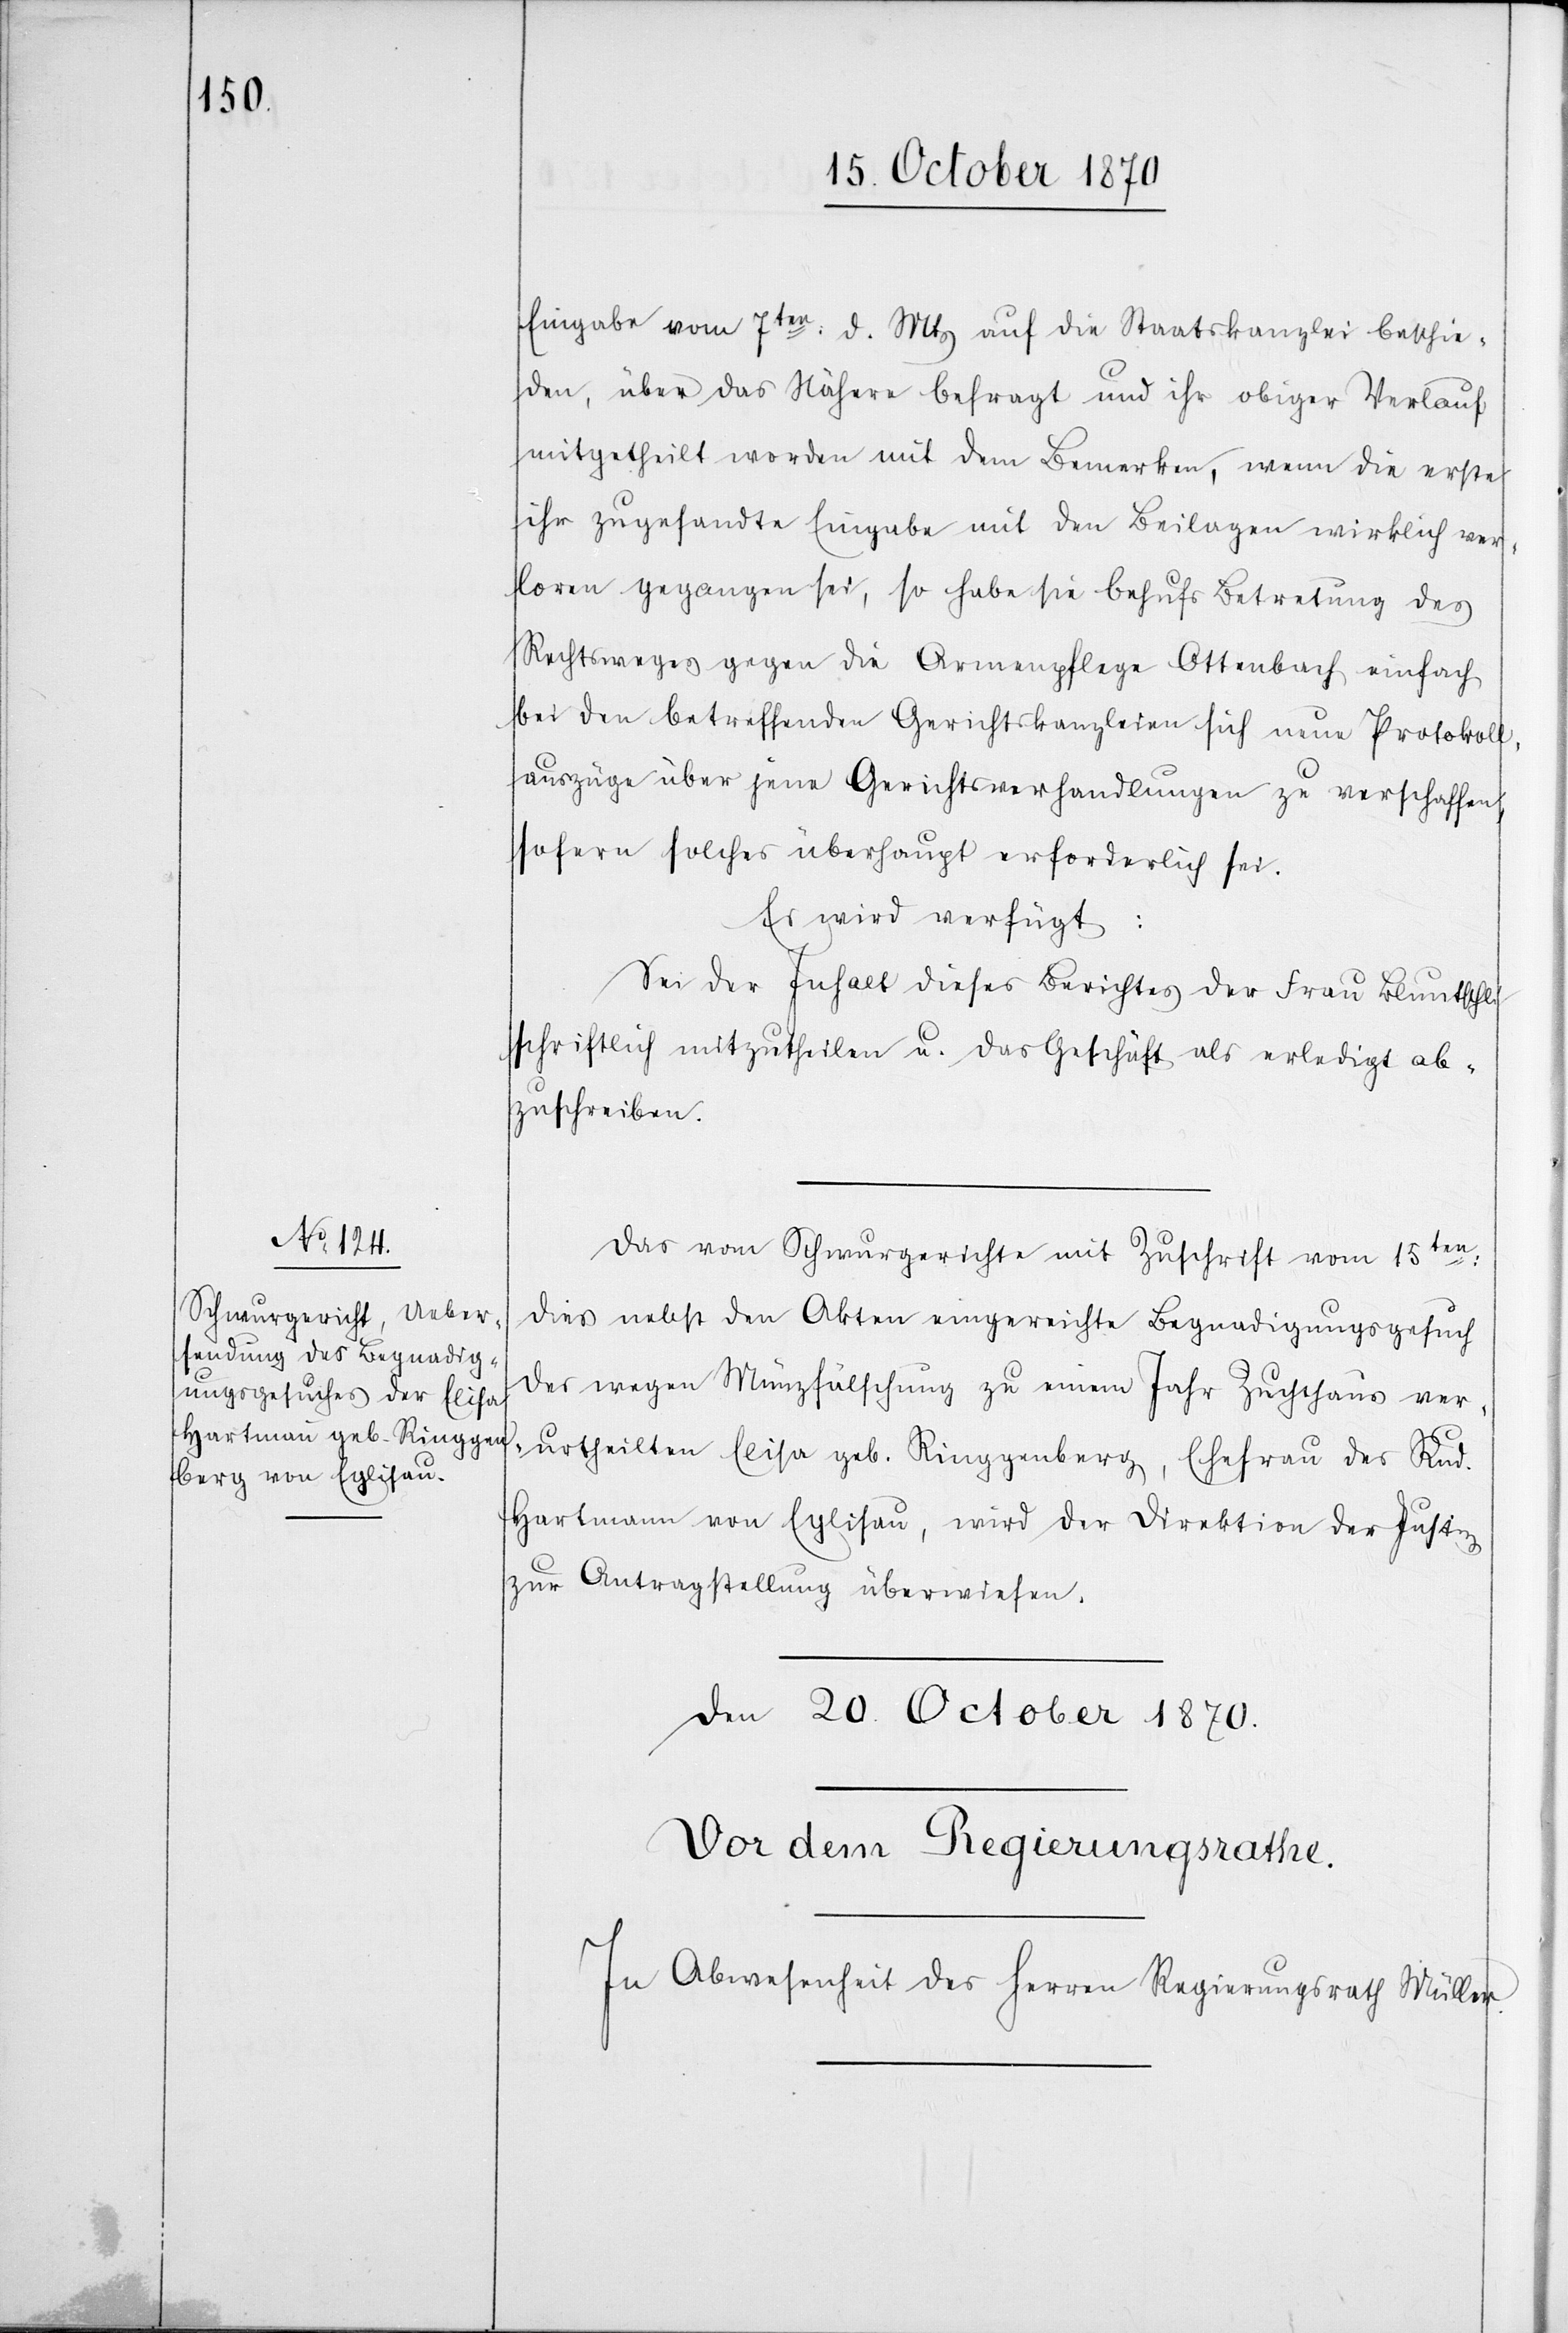
19. October 1870.]
Eingabe vom 7ten: d. Mts. auf die Staatskanzlei beschie¬
den, über das Nähere befragt und ihr obiger Verlauf
mitgetheilt worden mit dem Bemerken, wenn die erste
ihr zugesandte Eingabe mit den Beilagen wirklich ver¬
loren gegangen sei, so habe sie behufs Betretung des
Rechtsweges gegen die Armenpflege Ottenbach einfach
bei den betreffenden Gerichtskanzleien sich neue Protokoll¬
auszüge über jene Gerichtsverhandlungen zu verschaffen
sofern solches überhaupt erforderlich sei.
Es wird verfügt:
Sei der Inhalt dieses Berichtes der Frau Bluntschli
schriftlich mitzutheilen u. das Geschäft als erledigt ab¬
zuschreiben.
Das vom Schwurgerichte mit Zuschrift vom 15ten:
dieß nebst den Akten eingereichte Begnadigungsgesuch
der wegen Münzfälschung zu einem Jahr Zuchthaus ver¬
urtheilten Elisa geb. Ringgenberg, Ehefrau des Rud.
Hartmann von Eglisau, wird der Direktion er Justiz
zur Antragstellung überwiesen.